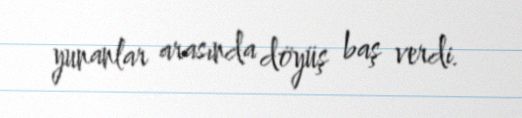
yunanlar arasında döyüş baş verdi.